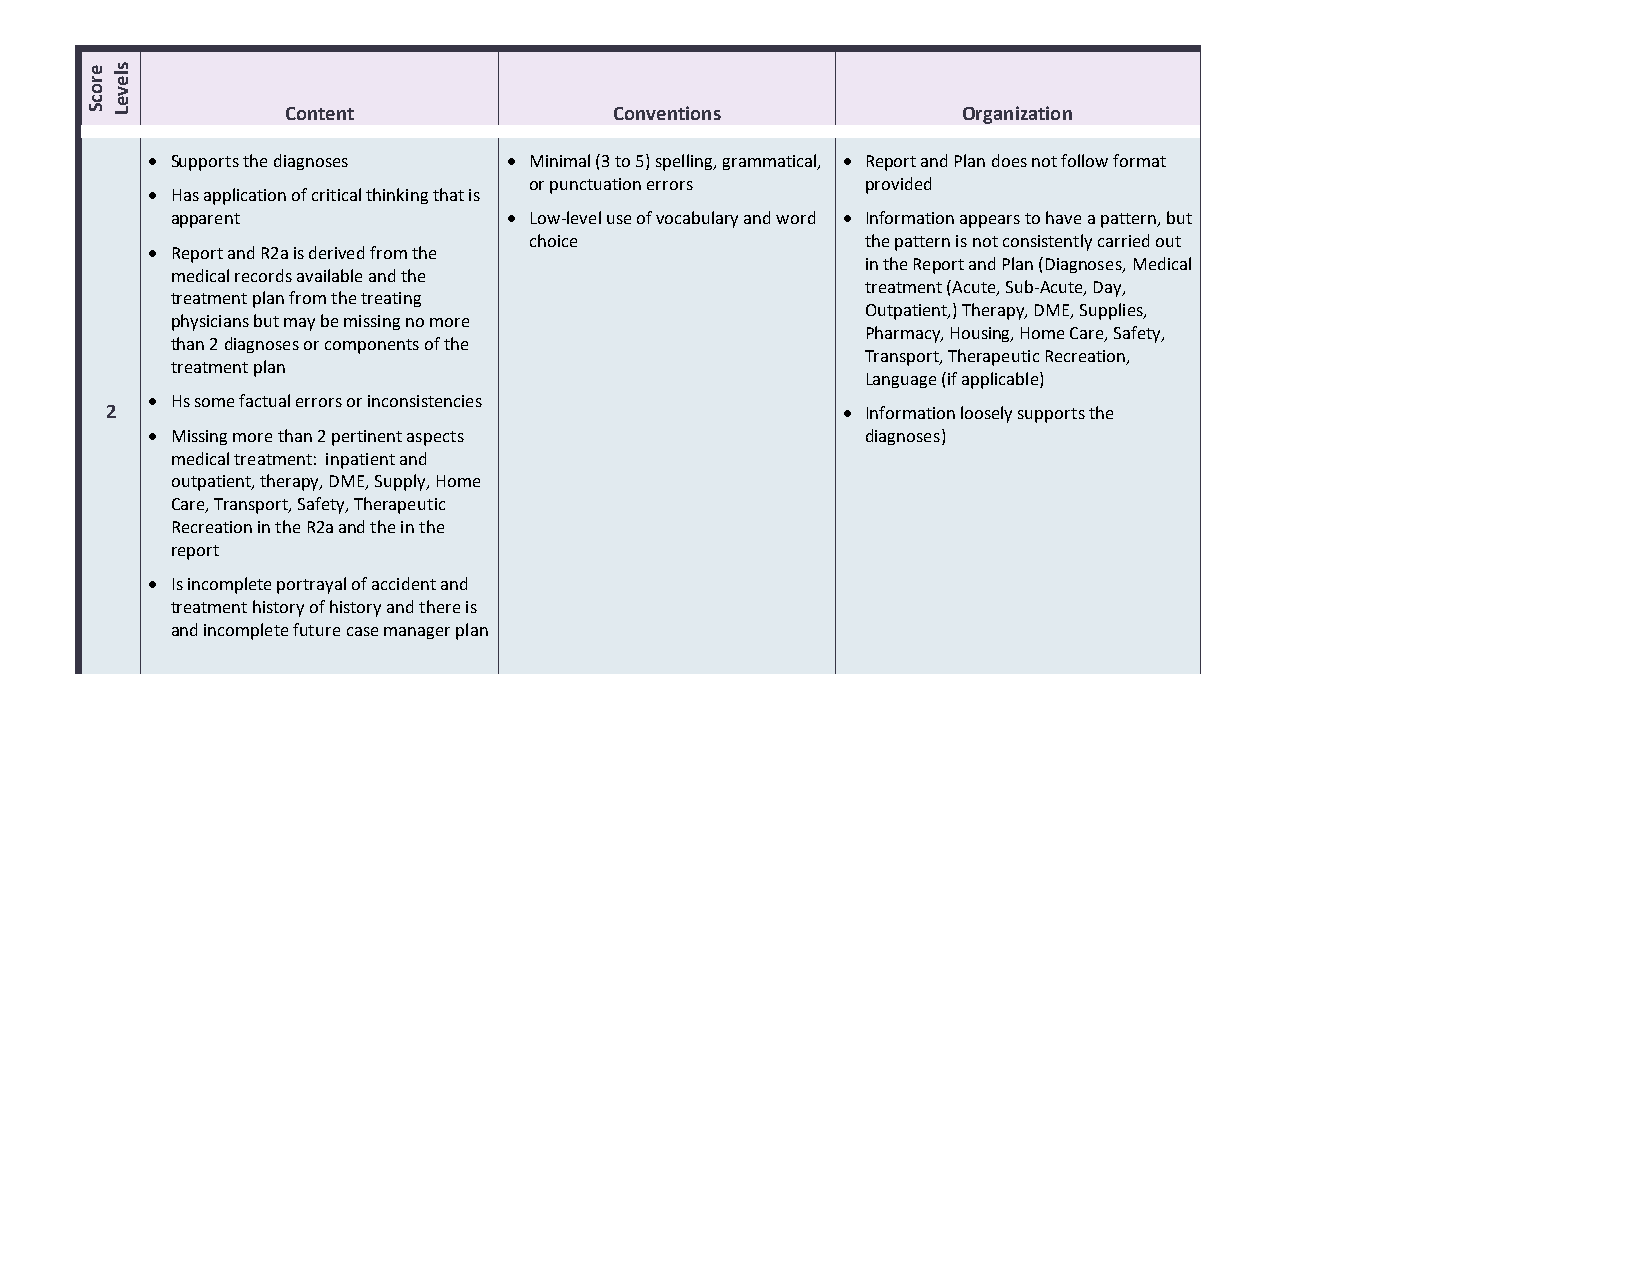
Content               Conventions            Organization
 • Supports the diagnoses • Minimal (3 to 5) spelling, grammatical, • Report and Plan does not follow format
 or punctuation errors provided
 • Has application of critical thinking that is
 apparent               • Low-level use of vocabulary and word • Information appears to have a pattern, but
 choice                the pattern is not consistently carried out
 • Report and R2a is derived from the
 in the Report and Plan (Diagnoses, Medical
 medical records available and the
 treatment (Acute, Sub-Acute, Day,
 treatment plan from the treating
 Outpatient,) Therapy, DME, Supplies,
 physicians but may be missing no more
 Pharmacy, Housing, Home Care, Safety,
 than 2 diagnoses or components of the
 Transport, Therapeutic Recreation,
 treatment plan
 Language (if applicable)
 • Hs some factual errors or inconsistencies
 2                                                • Information loosely supports the
 • Missing more than 2 pertinent aspects        diagnoses)
 medical treatment: inpatient and
 outpatient, therapy, DME, Supply, Home
 Care, Transport, Safety, Therapeutic
 Recreation in the R2a and the in the
 report
 • Is incomplete portrayal of accident and
 treatment history of history and there is
 and incomplete future case manager plan
 erocS sleveL